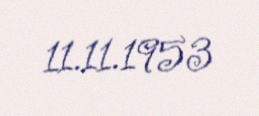
11.11.1953